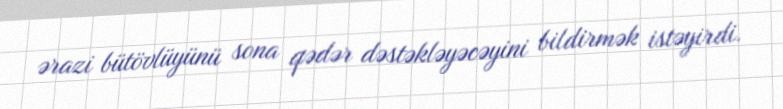
ərazi bütövlüyünü sona qədər dəstəkləyəcəyini bildirmək istəyirdi.